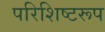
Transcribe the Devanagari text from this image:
परिशिष्टरूप